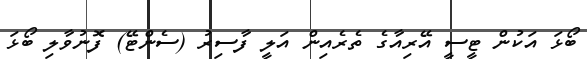
ބޯޅަ އަކުން ޓީސީ އޭރިއާގެ ތެރެއިން އަލީ ފާސިރު (ސެންޓޭ) ފޮނުވާލި ބޯޅަ